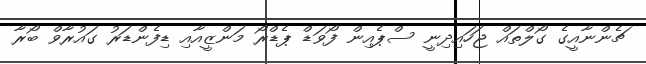
ޗެންނާއީގެ ގޯލްތައް ޖަހައިދިނީ ސްޕެއިން ފޯވަޑް ޕެޑްރޯ މަންޒީއާއި ޑިފެންޑަރު ގައުރާވް ބޯރާ